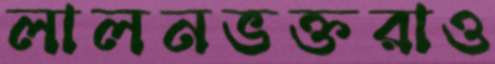
লালনভক্তরাও